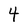
Character: 4